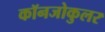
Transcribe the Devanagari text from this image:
कॉनजोकुलर